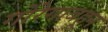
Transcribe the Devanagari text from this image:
गोरेगावहून